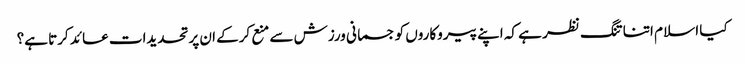
کیا اسلا م اتنا تنگ نظر ہے کہ اپنے پیروکاروں کو جسمانی ورزش سے منع کرکے ان پر تحدیدات عائد کرتا ہے؟